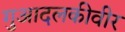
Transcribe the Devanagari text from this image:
गुआदलकीवीर